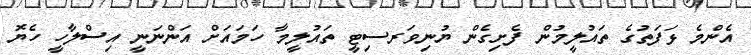
އެންމެ ޅަފަތުގެ ތައުލީމުން ފެށިގެން ޔުނިވަރސިޓީ ތައުލީމާ ހަމައަށް އަންނަނީ އިސްލާހީ ހެޔޮ